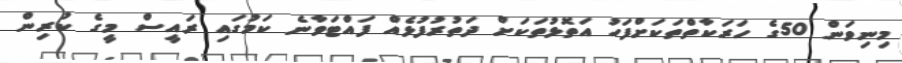
މިނިވަން 50ގެ ހަރަކާތްތަކަށްފަހު އަތޮޅުތަކަށް ދަތުރުފުޅެއް ފައްޓަވާނެ ކަމުގައި ރައީސް މީގެ ކުރިން